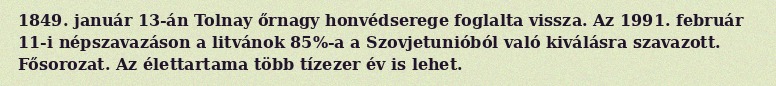
1849. január 13-án Tolnay őrnagy honvédserege foglalta vissza. Az 1991. február 11-i népszavazáson a litvánok 85%-a a Szovjetunióból való kiválásra szavazott. Fősorozat. Az élettartama több tízezer év is lehet.